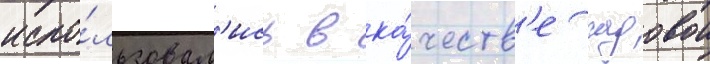
испо́льзовал'ись в ка́честв'е садовои